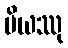
ပိယဿု